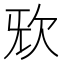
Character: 𣢕